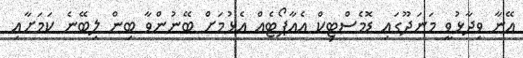
އޭނާ ވިދާޅުވީ މަނަދޫގައި ޑޮމެސްޓިކް އެއާޕޯޓެއް އެޅުމަށް ބޭނުންވާ ބިން ލިބޭނެ ކަމަށާއި